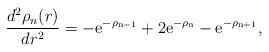
LaTeX: \begin{align*}\frac{d^2 \rho_n(r)}{dr^2}=-\rm{e}^{-\rho_{n-1}}+2\rm{e}^{-\rho_{n}}-\rm{e}^{-\rho_{n+1}},\end{align*}